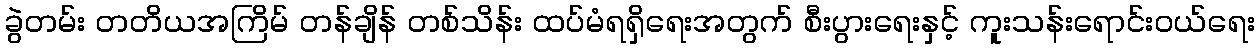
ခွဲတမ်း တတိယအကြိမ် တန်ချိန် တစ်သိန်း ထပ်မံရရှိရေးအတွက် စီးပွားရေးနှင့် ကူးသန်းရောင်းဝယ်ရေး